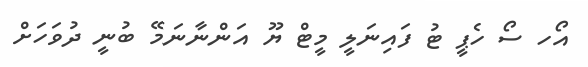
އޯހ ސޯ ހެޕީ ޓު ފައިނަލީ މީޓް ޔޫ އަންނާނަމޭ ބުނީ ދުވަހަށް